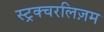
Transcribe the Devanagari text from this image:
स्ट्रक्चरलिज़म